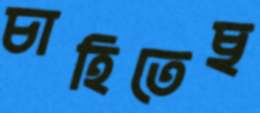
চাহিতেছ